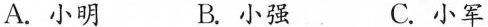
A.小明 B.小强 C.小军